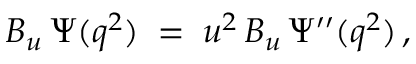
{ \cal B } _ { u } \, \Psi ( q ^ { 2 } ) \; = \; u ^ { 2 } \, { \cal B } _ { u } \, \Psi ^ { \prime \prime } ( q ^ { 2 } ) \, ,